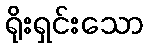
ရိုးရှင်းသော